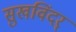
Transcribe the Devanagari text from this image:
सुखविंदर्